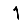
Digit: 1